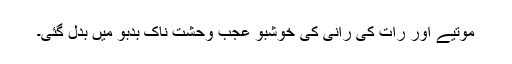
موتیے اور رات کی رانی کی خوشبو عجب وحشت ناک بدبو میں بدل گئی۔